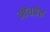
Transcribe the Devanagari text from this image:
ओतप्रेत